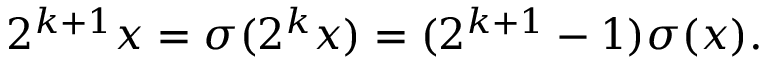
2 ^ { k + 1 } x = \sigma ( 2 ^ { k } x ) = ( 2 ^ { k + 1 } - 1 ) \sigma ( x ) .